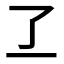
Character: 𬼶